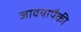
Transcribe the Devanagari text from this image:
जावयापैकी